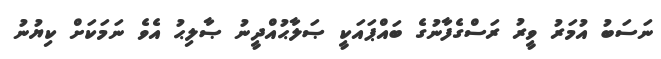
ނަސަބު އުމަރު ވީރު ރަސްގެފާނުގެ ބައްޕައަކީ ޞަލާޙުއްދީނު ޞާލިޙު އެވެ ނަމަކަށް ކިޔުނު